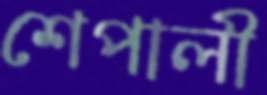
শেপালী